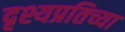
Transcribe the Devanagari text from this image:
दृश्यप्रतिच्या